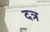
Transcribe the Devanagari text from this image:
दत्र